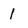
Character: 1